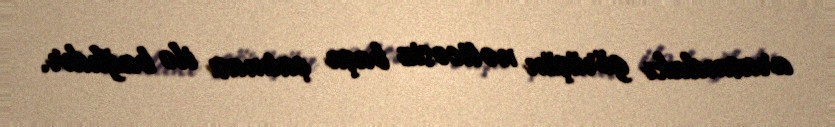
arasındakı görüşün nəticəsiz başa çatması ilə bağlıdır.